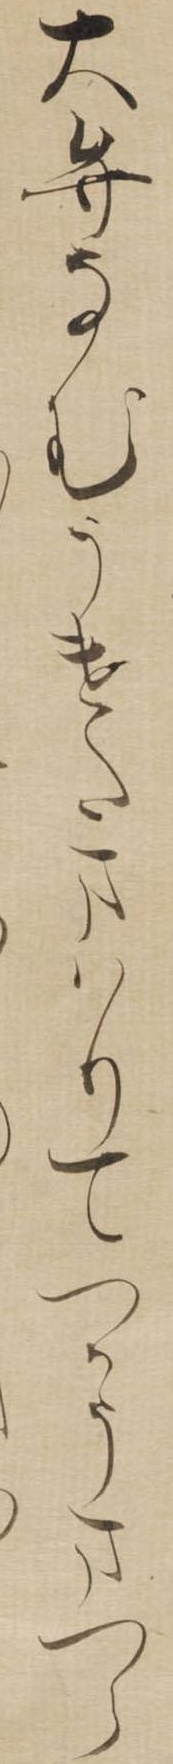
大弁なむうけたまはりてつかうまつら